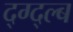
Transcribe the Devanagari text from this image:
द्ग्द्ल्ब